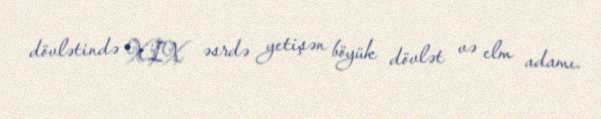
dövlətində XIX əsrdə yetişən böyük dövlət və elm adamı.